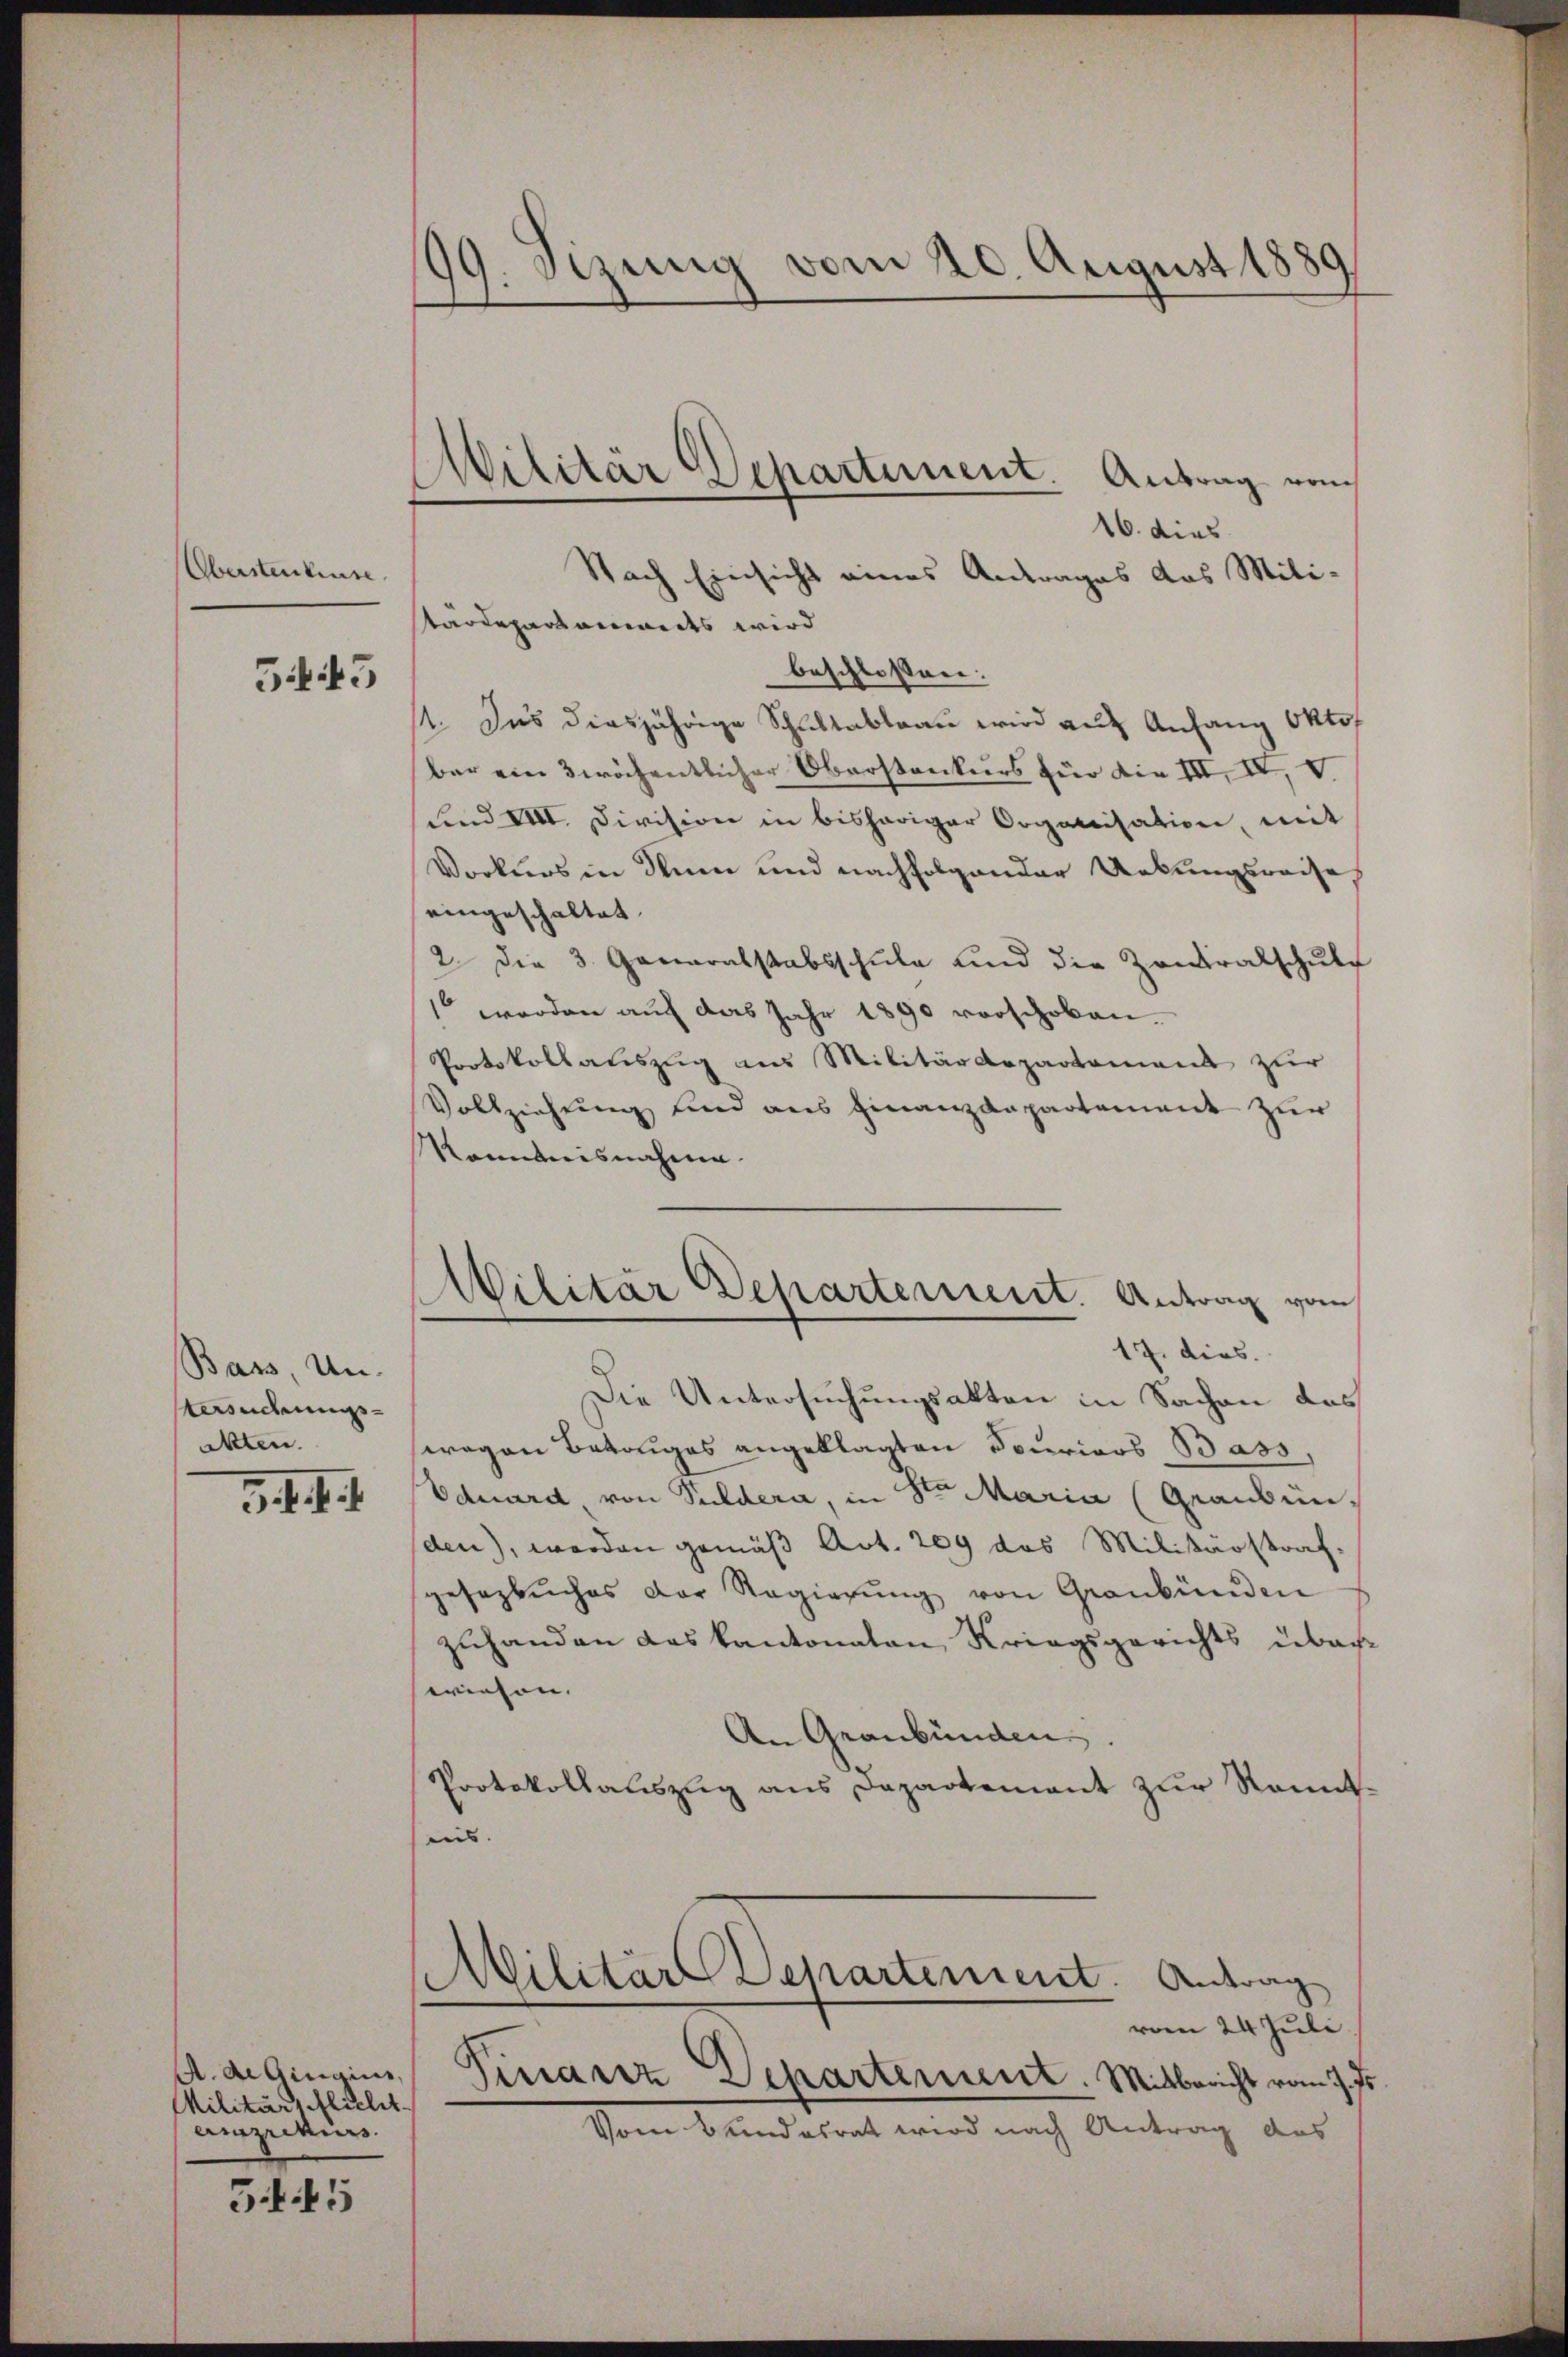
Oberstenteuse

5443

Bass, Un-
eudrungs¬
Akten.

3. d. d. d.

A. di Gingins,
Militärs Milit
arzikiers.

35

99. Sizung vom 20. August 1880

Nach Einsicht eines Antrages das Mili-

16. dies
tärdepartenwerts wird
beschlossen:
1. Das diesjährige Schliltableau wird auf Anfang Oktof
bar ein 3 wöchentlicher Oberstonkurs für die III, IV, V.
und VIII. Division in bisheriger Organisation, mit
Vorkurs in Sinn und nachfolgender Uebungsreise
eingeschaltet.
2. Die 3. Generalstabsschule und die Zentralschule
1 werden auf das Jahr 1890 vorschoben.
Protokollauszug aus Militärdepartement zur
Vollziehung sind aus Finanzdepartement zur
kanntnisnahme.
Militär Departement. Antrag vom
17. dies.
Die Untersuchungsakten in Sachen das
wagen Betruges angeklagten Spuricos Bass,
Eduard, von Suldera, in Stern Maria (Graubün
den), worden gemäß Art. 209 das Militärstraf-
gesezliches der Regierŭng von Graubünden
zuhanden das kantonaten Kriegsgerichts überwiesen. |
An Graubünden.
Protokollauszug aus Departement zur Rennten.
Militär Departement. Antrag
vom 24 Juli.
Finanz Departement. Mitbericht vom 7. Js.
Vom Bundesrat wird nach Antrag des

Militär Departement. Antrag vom